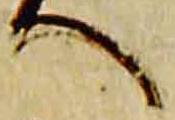
へ